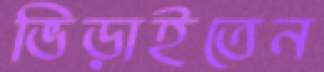
ভিড়াইতেন